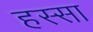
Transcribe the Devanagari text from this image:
हस्सा